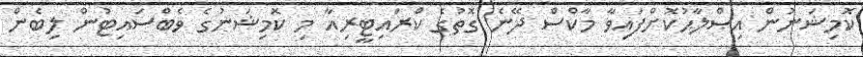
ކޮމިޝަނުން އިޞްލާޙުކޮށްފައިވާ މާކްސް ދޭނެ ގޮތުގެ ކްރައިޓީރިއާ މި ކޮމިޝަނުގެ ވެބްސައިޓުން ލިބެން